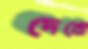
দেখো